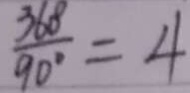
\frac { 3 6 8 } { 9 0 ^ { \circ } } = 4